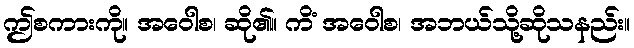
ဤစကားကို။ အဝေါစ၊ ဆို၏။ ကိံ အဝေါစ၊ အဘယ်သို့ဆိုသနည်း။